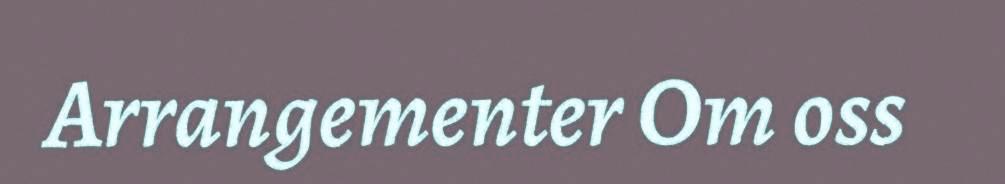
Arrangementer Om oss